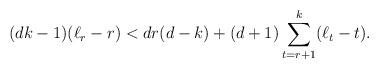
LaTeX: \begin{align*} (dk-1)(\ell_r-r) < dr(d-k)+(d+1) \sum_{t=r+1}^k (\ell_t-t).\end{align*}